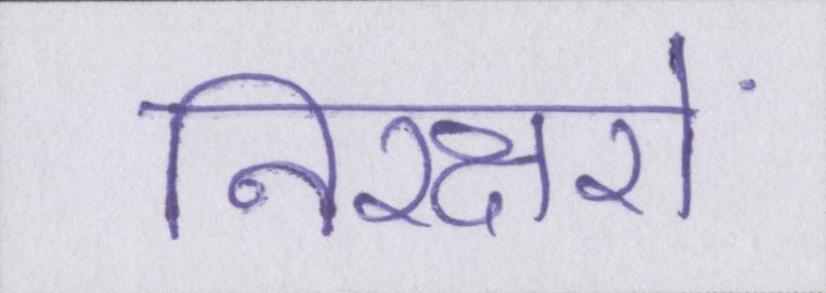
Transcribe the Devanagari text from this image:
निरक्षरों